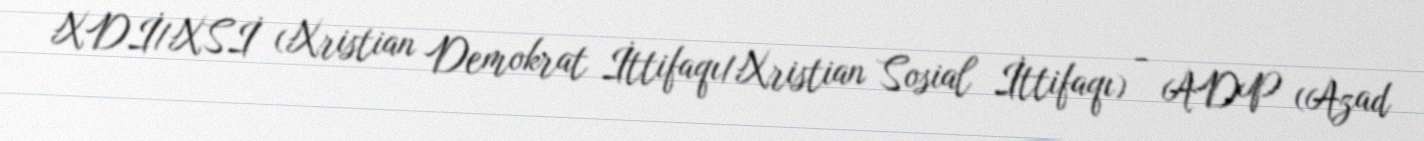
XDİ/XSİ (Xristian Demokrat İttifaqı/Xristian Sosial İttifaqı) - ADP (Azad